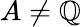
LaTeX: A\neq\mathbb{Q}